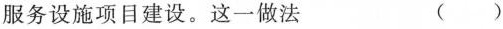
服务设施项目建设。这一做法 ( )